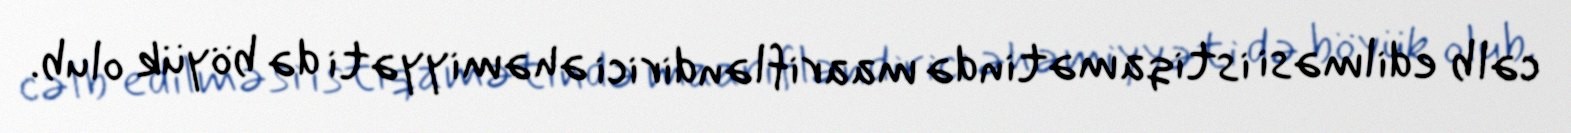
cəlb edilməsi istiqamətində maarifləndirici əhəmiyyəti də böyük olub.